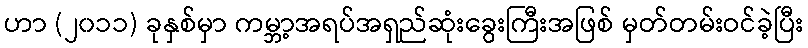
ဟာ (၂၀၁၁) ခုနှစ်မှာ ကမ္ဘာ့အရပ်အရှည်ဆုံးခွေးကြီးအဖြစ် မှတ်တမ်းဝင်ခဲ့ပြီး